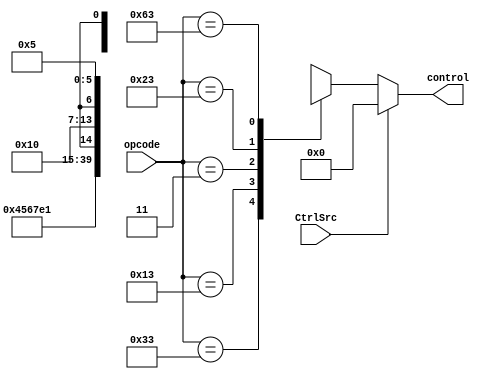
module CONTROL
(
	input			CtrlSrc		,
	input	[6:0] 	opcode  	,

	output  [7:0] 	control 
);
	/***************************************************************************/
	/*opcode[7] = ALUSrc   ,   opcode[6] = MemtoReg  ,    opcode[5] = RegWrite,*/
	/*opcode[4] = MEMRead  ,   opcode[3] = MEMWrite  ,    opcode[2] = Branch,  */
	/*opcode[1:0] = ALUOp                                                      */ 
	/***************************************************************************/

	reg [7:0] control_r;
	always @ (opcode) 
	begin
		casex (opcode)
			7'b0110011 : control_r = 8'b00100010;	//R-type : add, sub, xor, mult, matr -> ALUSrc '0'
			7'b0010011 : control_r = 8'b10110011;	//I-type : addi -> ALUSrc '1'
			7'b0000011 : control_r = 8'b11110000;	//I-type : lw
			7'b0100011 : control_r = 8'b1x001000;	//S-type : sw			//8'b1x001000
			7'b1100011 : control_r = 8'b0x000101;	//SB-type : beg, bge	//8'b0x000101
			default    : control_r = 8'bxxxxxxxx;
		endcase
	end

	assign control = CtrlSrc ? 8'b0 : control_r;

endmodule